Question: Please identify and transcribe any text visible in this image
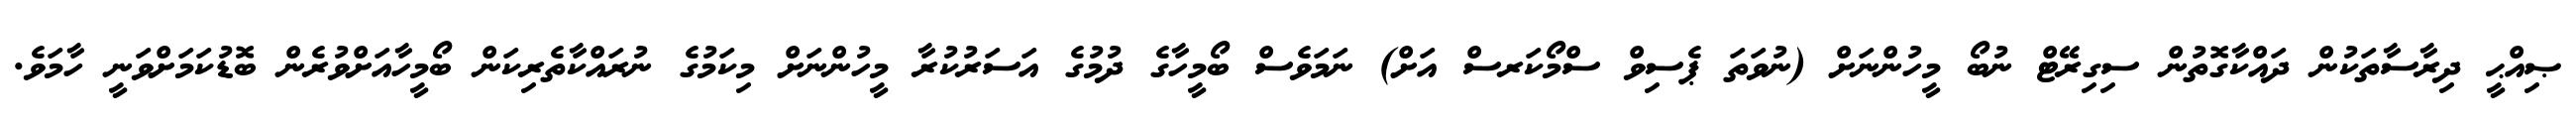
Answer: ޞިއްޙީ ދިރާސާތަކުން ދައްކާގޮތުން ސިގިރޭޓް ނުބޯ މީހުންނަށް (ނުވަތަ ޕެސިވް ސްމޯކަރސް އަށް) ނަމަވެސް ބޯމީހާގެ ދުމުގެ އަސަރުކުރާ މީހުންނަށް މިކަމުގެ ނުރައްކާތެރިކަން ބޯމީހާއަށްވުރެން ބޮޑުކަމަށްވަނީ ހާމަވެ.